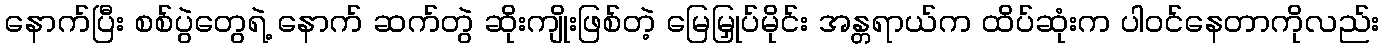
နောက်ပြီး စစ်ပွဲတွေရဲ့ နောက် ဆက်တွဲ ဆိုးကျိုးဖြစ်တဲ့ မြေမြှုပ်မိုင်း အန္တရာယ်က ထိပ်ဆုံးက ပါဝင်နေတာကိုလည်း